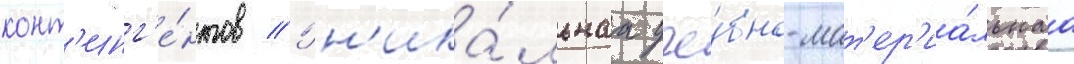
конт'инг'е́нтов // Ун'ика́льнаа уче́бно-мат'ер'иа́льнаа